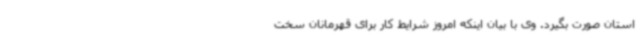
استان صورت بگیرد. وی با بیان اینکه امروز شرایط کار برای قهرمانان سخت